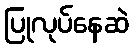
ပြုလုပ်နေဆဲ